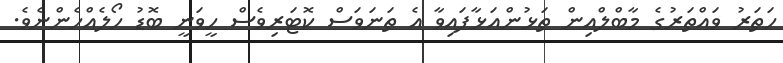
ހަތަރު ވައްތަރުގެ މާބްލްއިން ތަޅުންއަޅާފައިވާ އެ ތަނަވަސް ކޮޓަރިވެސް ހީވަނީ ބޮޑު ހޯލެއްހެންނެވެ.